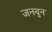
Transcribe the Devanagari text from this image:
जनवुन